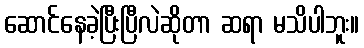
ဆောင်နေခဲ့ပြီးပြီလဲဆိုတာ ဆရာ မသိပါဘူး။